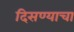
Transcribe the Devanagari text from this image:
दिसण्याचा